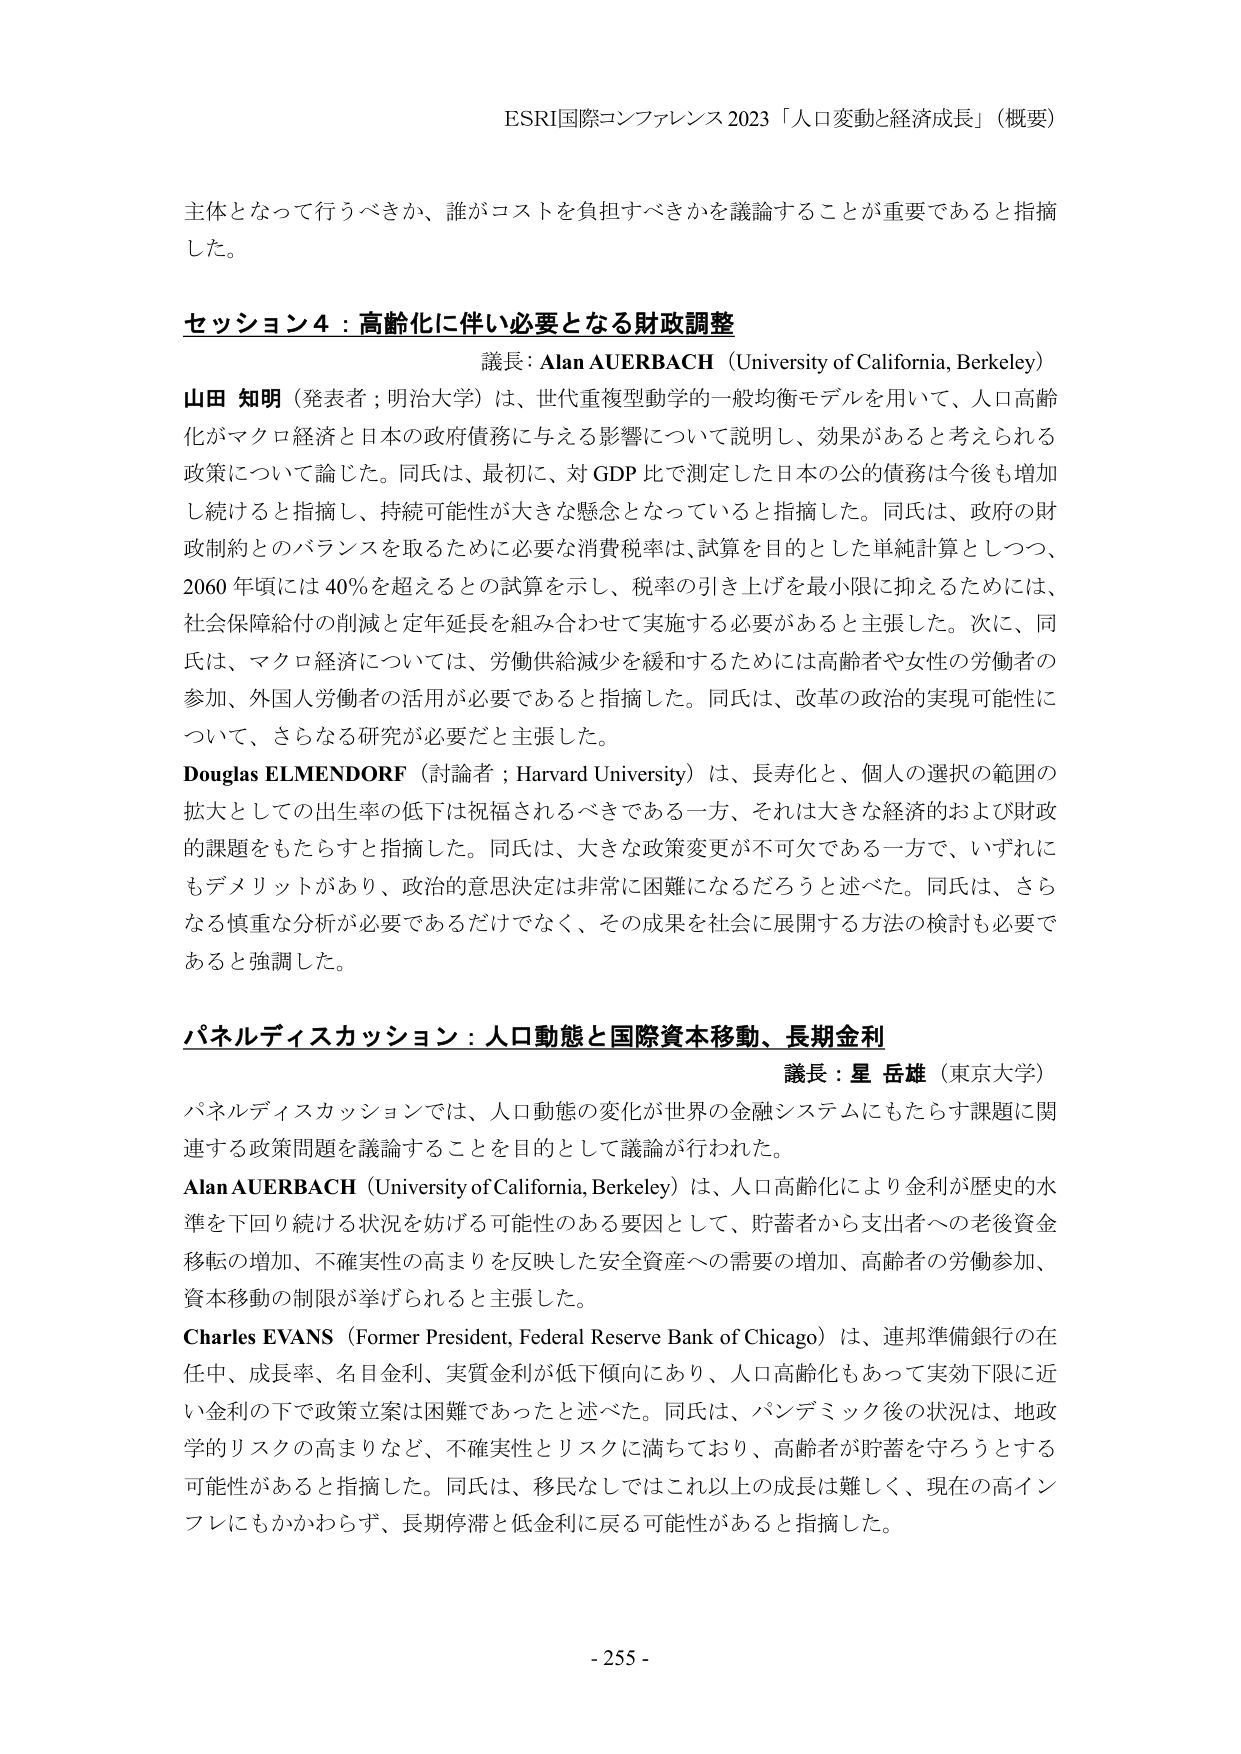
ESRI国際コンファレンス 2023「人口変動と経済成長」（概要）

主体となって行うべきか、誰がコストを負担すべきかを議論することが重要であると指摘した。

セッション4：高齢化に伴い必要となる財政調整
議長：Alan AUERBACH（University of California, Berkeley）
山田 知明（発表者；明治大学）は、世代重複型動学的一般均衡モデルを用いて、人口高齢化がマクロ経済と日本の政府債務に与える影響について説明し、効果があると考えられる政策について論じた。同氏は、最初に、対GDP比で測定した日本の公的債務は今後も増加し続けると指摘し、持続可能性が大きな懸念となっていると指摘した。同氏は、政府の財政制約とのバランスを取るために必要な消費税率は、試算を目的とした単純計算としつつ、2060年頃には40％を超えるとの試算を示し、税率の引き上げを最小限に抑えるためには、社会保障給付の削減と定年延長を組み合わせて実施する必要があると主張した。次に、同氏は、マクロ経済については、労働供給減少を緩和するためには高齢者や女性の労働者の参加、外国人労働者の活用が必要であると指摘した。同氏は、改革の政治的実現可能性について、さらなる研究が必要だと主張した。
Douglas ELMENDORF（討論者；Harvard University）は、長寿化と、個人の選択の範囲の拡大としての出生率の低下は祝福されるべきである一方、それは大きな経済的および財政的課題をもたらすと指摘した。同氏は、大きな政策変更が不可欠である一方で、いずれにもデメリットがあり、政治的意思決定は非常に困難になるだろうと述べた。同氏は、さらなる慎重な分析が必要であるだけでなく、その成果を社会に展開する方法の検討も必要であると強調した。

パネルディスカッション：人口動態と国際資本移動、長期金利
議長：星 岳雄（東京大学）
パネルディスカッションでは、人口動態の変化が世界の金融システムにもたらす課題に関連する政策問題を議論することを目的として議論が行われた。
Alan AUERBACH（University of California, Berkeley）は、人口高齢化により金利が歴史的水準を下回り続ける状況を妨げる可能性のある要因として、貯蓄者から支出者への老後資金移転の増加、不確実性の高まりを反映した安全資産への需要の増加、高齢者の労働参加、資本移動の制限が挙げられると主張した。
Charles EVANS（Former President, Federal Reserve Bank of Chicago）は、連邦準備銀行の在任中、成長率、名目金利、実質金利が低下傾向にあり、人口高齢化もあって実効下限に近い金利の下で政策立案は困難であったと述べた。同氏は、パンデミック後の状況は、地政学的リスクの高まりなど、不確実性とリスクに満ちており、高齢者が貯蓄を守ろうとする可能性があると指摘した。同氏は、移民なしではこれ以上の成長は難しく、現在の高インフレにもかかわらず、長期停滞と低金利に戻る可能性があると指摘した。

- 255 -